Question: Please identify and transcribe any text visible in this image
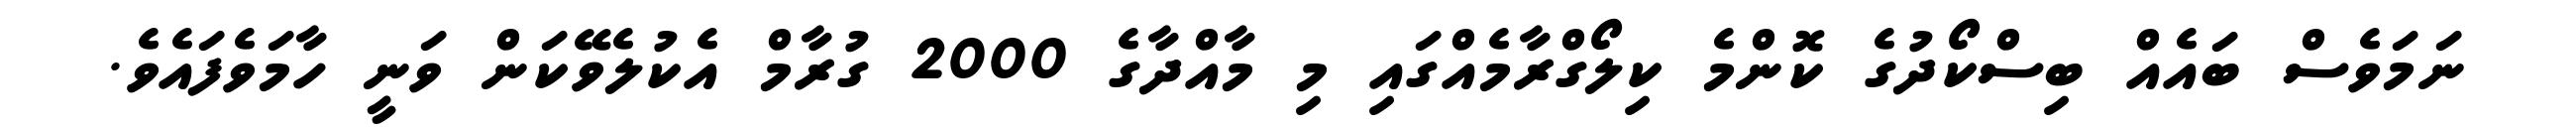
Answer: ނަމަވެސް ބައެއް ބިސްކޯދުގެ ކޮންމެ ކިލޯގްރާމެއްގައި މި މާއްދާގެ 2000 ގުރާމް އެކުލެވޭކަން ވަނީ ހާމަވެފައެވެ.